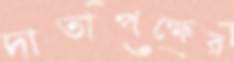
দাতাপক্ষের